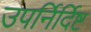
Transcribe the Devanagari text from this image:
उपर्निर्दिष्ट